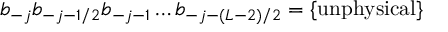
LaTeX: b _ { - j } b _ { - j - 1 / 2 } b _ { - j - 1 } \ldots b _ { - j - ( L - 2 ) / 2 } = \{ \mathrm { u n p h y s i c a l } \}